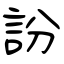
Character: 訜